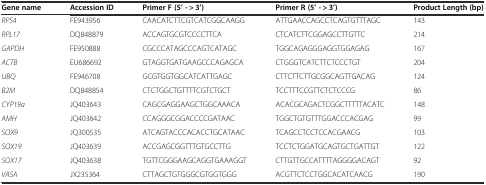
<table><thead><tr><td><b>Gene name</b></td><td><b>Accession ID</b></td><td><b>Primer F (5’ - &gt; 3’)</b></td><td><b>Primer R (5’ - &gt; 3’)</b></td><td><b>Product Length (bp)</b></td></tr></thead><tbody><tr><td><i>RPS4</i></td><td>FE943956</td><td>CAACATCTTCGTCATCGGCAAGG</td><td>ATTGAACCAGCCTCAGTGTTTAGC</td><td>143</td></tr><tr><td><i>RPL17</i></td><td>DQ848879</td><td>ACCAGTGCGTCCCCTTCA</td><td>CTCATCTTCGGAGCCTTGTTC</td><td>214</td></tr><tr><td><i>GAPDH</i></td><td>FE950888</td><td>CGCCCATAGCCCAGTCATAGC</td><td>TGGCAGAGGGAGGTGGAGAG</td><td>167</td></tr><tr><td><i>ACTB</i></td><td>EU686692</td><td>GTAGGTGATGAAGCCCAGAGCA</td><td>CTGGGTCATCTTCTCCCTGT</td><td>204</td></tr><tr><td><i>UBQ</i></td><td>FE946708</td><td>GCGTGGTGGCATCATTGAGC</td><td>CTTCTTCTTGCGGCAGTTGACAG</td><td>124</td></tr><tr><td><i>B2M</i></td><td>DQ848854</td><td>CTCTGGCTGTTTTCGTCTGCT</td><td>TCCTTTCCGTTCTCTCCCG</td><td>86</td></tr><tr><td><i>CYP19a</i></td><td>JQ403643</td><td>CAGCGAGGAAGCTGGCAAACA</td><td>ACACGCAGACTCGGCTTTTTACATC</td><td>148</td></tr><tr><td><i>AMH</i></td><td>JQ403642</td><td>CCAGGGCGGACCCCGATAAC</td><td>TGGCTGTGTTTGGACCCACGAG</td><td>99</td></tr><tr><td><i>SOX9</i></td><td>JQ300535</td><td>ATCAGTACCCACACCTGCATAAC</td><td>TCAGCCTCCTCCACGAACG</td><td>103</td></tr><tr><td><i>SOX19</i></td><td>JQ403639</td><td>ACCGAGCGGTTTGTGCCTTG</td><td>TCCTCTGGATGCAGTGCTGATTGT</td><td>122</td></tr><tr><td><i>SOX17</i></td><td>JQ403638</td><td>TGTTCGGGAAGCAGGTGAAAGGT</td><td>CTTGTTGCCATTTTAGGGGACAGT</td><td>92</td></tr><tr><td><i>VASA</i></td><td>JX235364</td><td>CTTAGCTGTGGGCGTGGTGGG</td><td>ACGTTCTCCTGGCACATCAACG</td><td>190</td></tr></tbody></table>